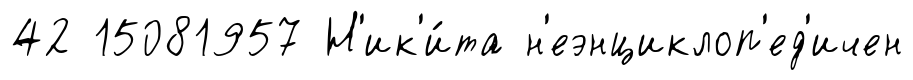
42 15081957 Н'ик'и́та н'еэнциклоп'ед'ичен